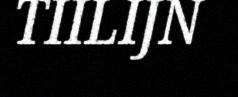
TIILIJN